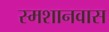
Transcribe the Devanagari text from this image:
स्मशानवास